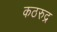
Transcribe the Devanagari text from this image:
कठरुद्र